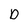
Character: D